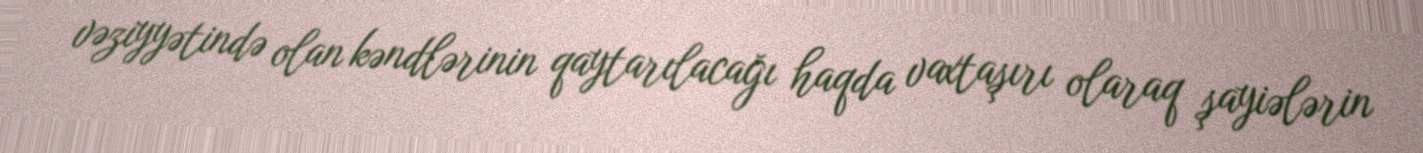
vəziyyətində olan kəndlərinin qaytarılacağı haqda vaxtaşırı olaraq şayiələrin